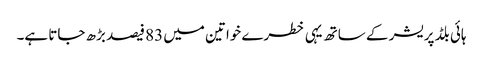
ہائی بلڈ پریشر کے ساتھ یہی خطرے خواتین میں 83 فیصد بڑھ جاتا ہے۔